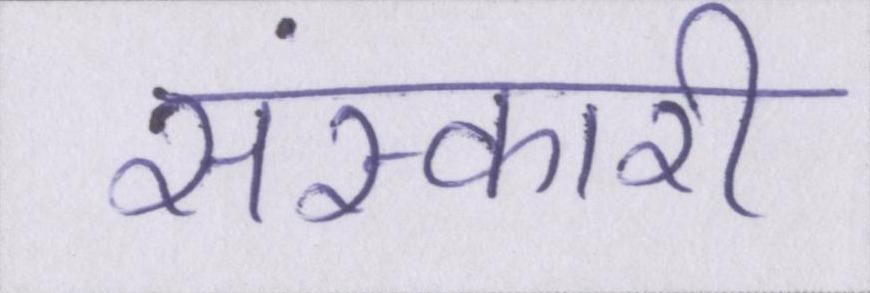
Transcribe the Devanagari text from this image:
संस्कारी